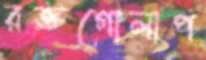
রক্তগোলাপ